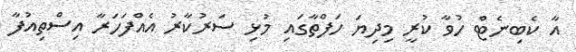
އާ ކެބިނެޓް ހުވާ ކުރީ މިދިޔަ ހަފްތާގައި މުޅި ސަރުކާރު އެއްފަހަރާ އިސްތިއުފާ